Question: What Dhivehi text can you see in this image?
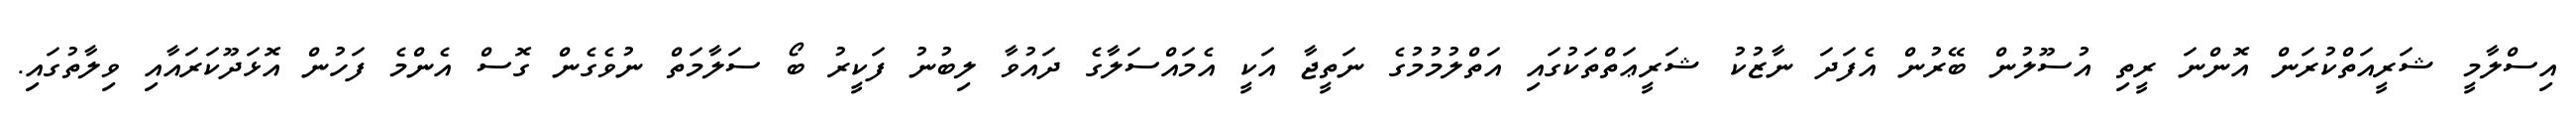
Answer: އިސްލާމީ ޝަރީއަތްކުރަން އޮންނަ ރީތި އުސޫލުން ބޭރުން އެފަދަ ނާޒުކު ޝަރީޢަތްތަކުގައި އަތްލުމުމުގެ ނަތީޖާ އަކީ އެމައްސަލާގެ ދައުވާ ލިބުނު ފަކީރު ބޯ ސަލާމަތް ނުވެގެން ގޮސް އެންމެ ފަހުން އޮޅަދޫކަރައާއި ވިލާތުގައި.